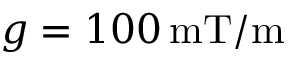
g = 1 0 0 \, \mathrm { m T / m }